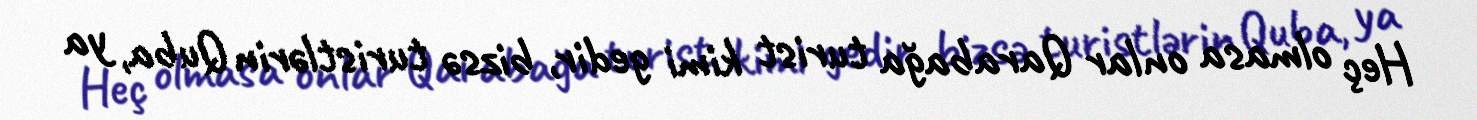
Heç olmasa onlar Qarabağa turist kimi gedir, bizsə turistlərin Quba, ya